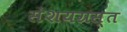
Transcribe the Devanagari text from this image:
संशयग्रस्त